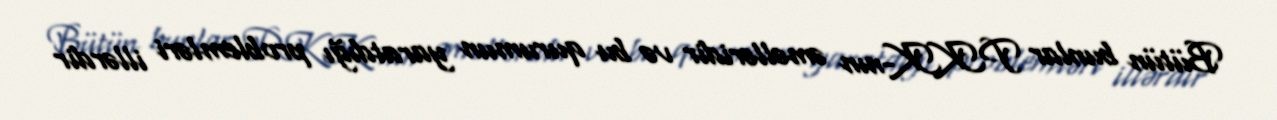
Bütün bunlar PKK-nın əməlləridir və bu qurumun yaratdığı problemləri illərdir